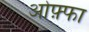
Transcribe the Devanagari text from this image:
ओफ़्फा